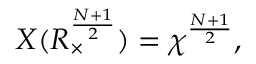
{ \cal X } ( R _ { \times } ^ { \frac { N + 1 } { 2 } } ) = { \chi } ^ { \frac { N + 1 } { 2 } } ,